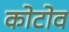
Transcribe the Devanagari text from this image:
कोटोव